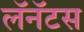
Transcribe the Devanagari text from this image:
लॅनॅटस